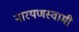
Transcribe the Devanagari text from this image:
नारयणस्वामी